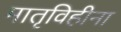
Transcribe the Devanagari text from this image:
मातृविहीना